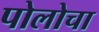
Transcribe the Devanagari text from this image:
पोलोचा